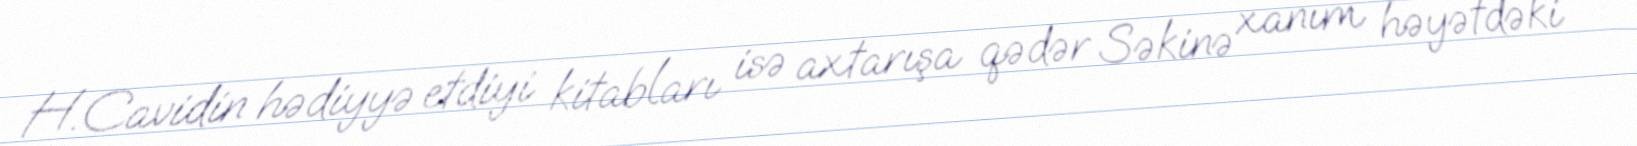
H.Cavidin hədiyyə etdiyi kitabları isə axtarışa qədər Səkinə xanım həyətdəki